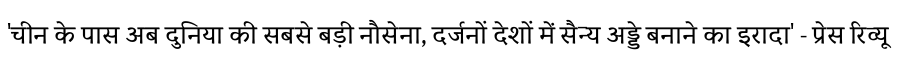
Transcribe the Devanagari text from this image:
'चीन के पास अब दुनिया की सबसे बड़ी नौसेना, दर्जनों देशों में सैन्य अड्डे बनाने का इरादा' - प्रेस रिव्यू